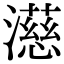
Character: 濨